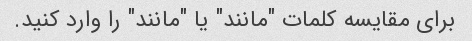
برای مقایسه کلمات "مانند" یا "مانند" را وارد کنید.